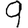
Digit: 9